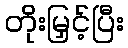
တိုးမြှင့်ပြီး